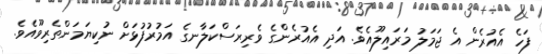
ފަހެ އެއުރެން އެ ޖަމަލު މަރައިލޫއެވެ. އަދި އެއުރެންގެ ވެރިރަސްކަލާނގެ އަމުރުފުޅަށް ނުކިޔަމަންތެރިވޫއެވެ.